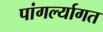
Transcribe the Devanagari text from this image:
पांगर्ल्यागत